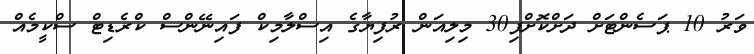
ވަރު 10 ޕަސެންޓަށް ދަށްކޮށްފި30 މިލިއަން ރުފިޔާގެ އިސްލާމިކް ފައިނޭންސް ކްރެޑިޓް ސްކީމެއް